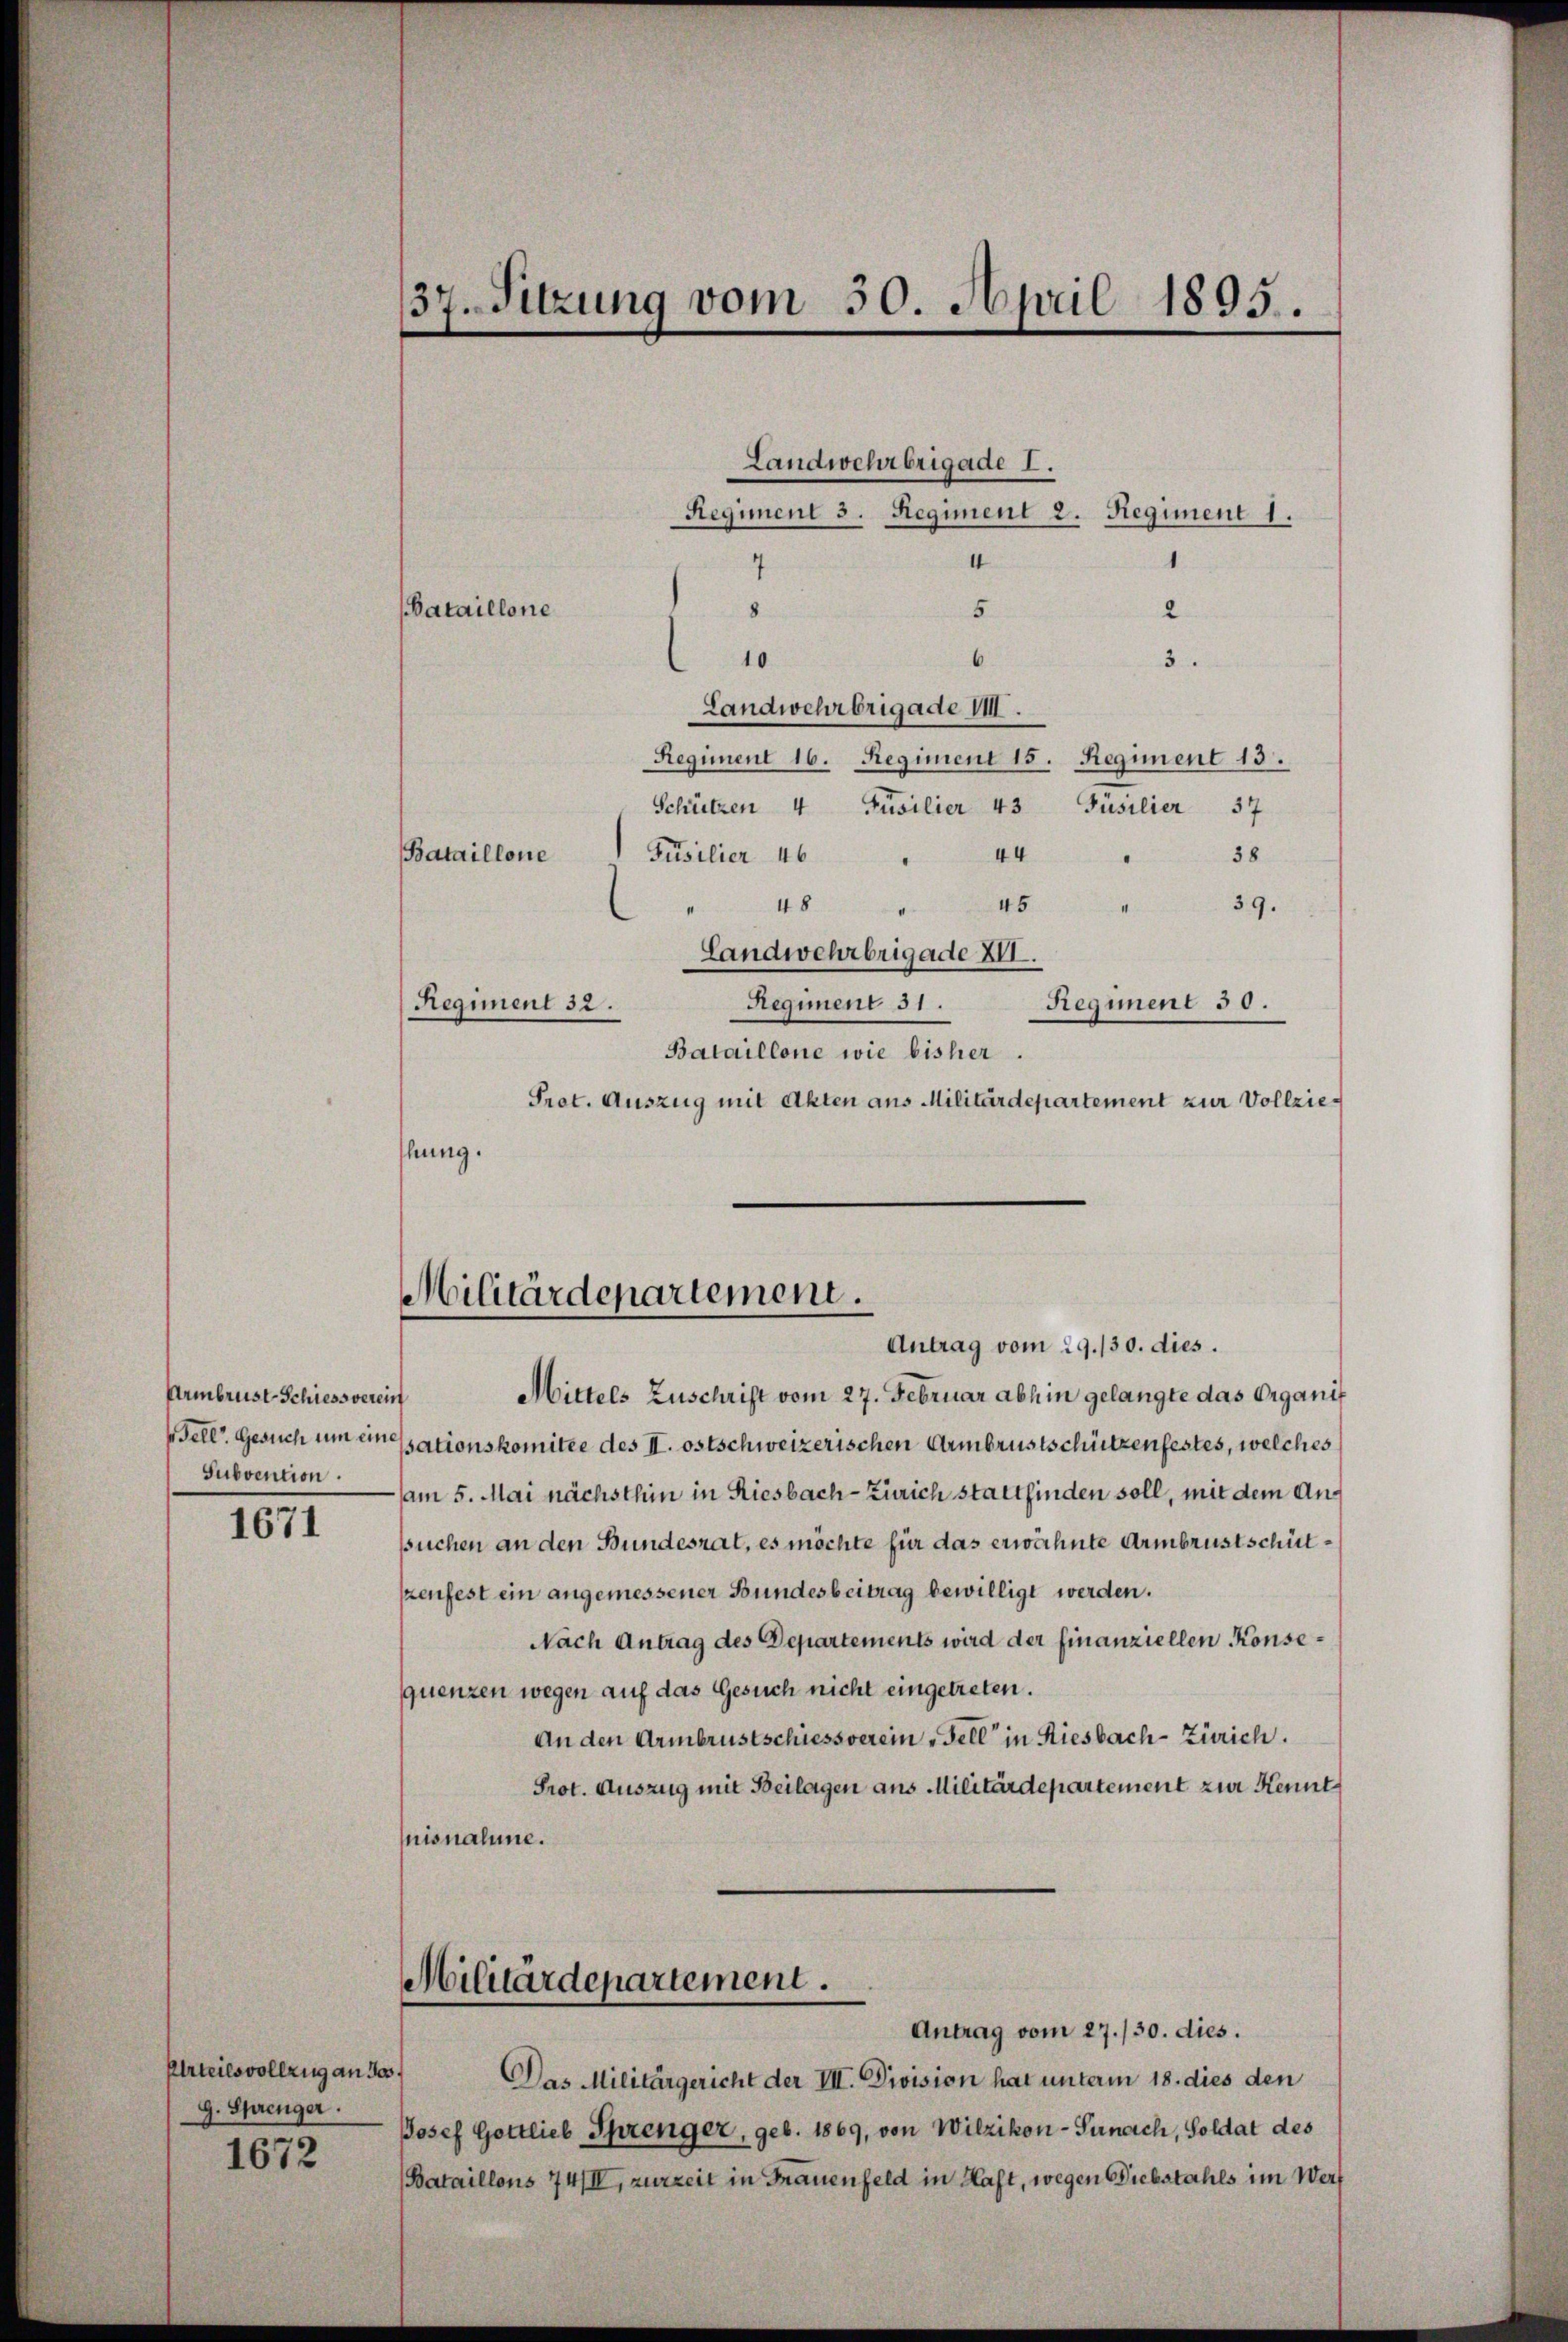
1671

Urteilsvollzug an de
g. Sprenger.
1672

4
8
Bataillone
10
Landwehrbrigade II.

Armbrust Schiessverein
Subvention.

37. Sitzung vom 30. April 1895.

Landwehrbrigade I.
Regiment 3. Regiment 2. Regiment 1.
1
I
5
2
3
Regiment 16. Regiment 15. Regiment 13.
Schützen 4 Füsilier 43 Füsilier 37
Bataillone
44
Püsilier 46
38
45
" 48
1
39.
Landwehrbrigade XII.
Regiment 51.
Regiment 32.
Regiment 50.
Bataillone wie bisher.
Prot. Auszug mit Akten aus Militärdepartement zur Vollziehung.

.

Militärdepartement.
Antrag vom 29./30. dies.

Mittels Zuschrift vom 27. Februar abhin gelangte das Organis
Fell. Gesuch um ein Essationskomitee des II. ostschweizerischen Armbrustschützenfestes, welches
am 5. Mai nächsthin in Riesbach - Zürich stattfinden soll, mit dem Ansuchen an den Bundesrat, es möchte für das erwähnte Armbrustschütszenfest ein angemessener Bundesbeitrag bewilligt werden.
Nach Antrag des Departements wird der finanziellen Konsequenzen wegen auf das Gesuch nicht eingetreten.
An den Armbrustschiessverein „Fell in Riesbach - Zürich.
Prot. Auszug mit Beilagen aus Militärdepartement zur Kennt
nisnahme.

Militärdepartement.
Antrag vom 27./30. dies.

Das Militärgericht der III. Division hat unterm 18. dies den
Josef Gottlieb Sprenger, geb. 1869, von Wilzikon-Sunach, Soldat des
(Bataillons 74/IV, zurzeit in Frauenfeld in Haft, wegen Diebstahls im Werf